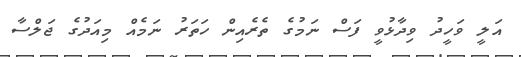
އަލީ ވަހީދު ވިދާޅުވީ ފަސް ނަމުގެ ތެރެއިން ހަތަރު ނަމެއް މިއަދުގެ ޖަލްސާ